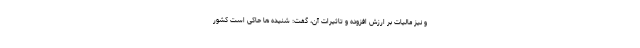
و نیز مالیات بر ارزش افزوده و تاثیرات آن، گفت: شنیده ها حاکی است کشور